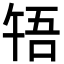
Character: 啎